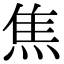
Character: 焦